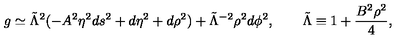
g \simeq \tilde { \Lambda } ^ { 2 } ( - A ^ { 2 } \eta ^ { 2 } d s ^ { 2 } + d \eta ^ { 2 } + d \rho ^ { 2 } ) + \tilde { \Lambda } ^ { - 2 } \rho ^ { 2 } d \phi ^ { 2 } , \qquad \tilde { \Lambda } \equiv 1 + \frac { B ^ { 2 } \rho ^ { 2 } } { 4 } ,